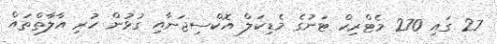
27 ގައި 270 މެޓްރިކް ޓަނުގެ މެޑިކަލް އޮކްސިޖަނާއި ގުޅުން ހުރި އާލާތްތައް